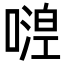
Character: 𠽇